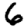
Digit: 6